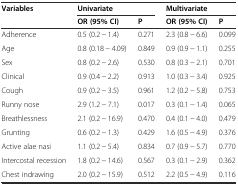
| <ROWSPAN=2> Variables | <COLSPAN=2> Univariate | <COLSPAN=2> Multivariate |
 | OR (95% CI) | P | OR (95% CI) | P |
 | --- | --- | --- | --- | --- |
 | Adherence | 0.5 (0.2 − 1.4) | 0.271 | 2.3 (0.8 − 6.6) | 0.099 |
 | Age | 0.8 (0.18 − 4.09) | 0.849 | 0.9 (0.9 − 1.1) | 0.255 |
 | Sex | 0.8 (0.2 − 2.6) | 0.530 | 0.8 (0.3 − 2.1) | 0.701 |
 | Clinical | 0.9 (0.4 − 2.2) | 0.913 | 1.0 (0.3 − 3.4) | 0.925 |
 | Cough | 0.9 (0.2 − 3.5) | 0.961 | 1.2 (0.2 − 5.8) | 0.753 |
 | Runny nose | 2.9 (1.2 − 7.1) | 0.017 | 0.3 (0.1 − 1.4) | 0.065 |
 | Breathlessness | 2.1 (0.2 − 16.9) | 0.470 | 0.4 (0.1 − 4.0) | 0.479 |
 | Grunting | 0.6 (0.2 − 1.3) | 0.429 | 1.6 (0.5 − 4.9) | 0.376 |
 | Active alae nasi | 1.1 (0.2 − 5.4) | 0.834 | 0.7 (0.9 − 5.7) | 0.770 |
 | Intercostal recession | 1.8 (0.2 − 14.6) | 0.567 | 0.3 (0.1 − 2.9) | 0.362 |
 | Chest indrawing | 2.0 (0.2 − 15.9) | 0.512 | 2.2 (0.5 − 4.9) | 0.116 |